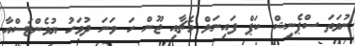
ނުވަތަ ސްޕެނިޝް ކަޕް ފައިނަލް މެޗާއި ޖޫން ހަ ވަނަ ދުވަހު ޔުވެންޓަސްއާ